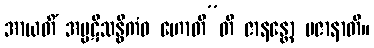
အာယတိံ အပ္ပဋိသန္ဓိကံဝ ဟောတီ”တိ ဇာနန္တော ပဇာနာတိ။